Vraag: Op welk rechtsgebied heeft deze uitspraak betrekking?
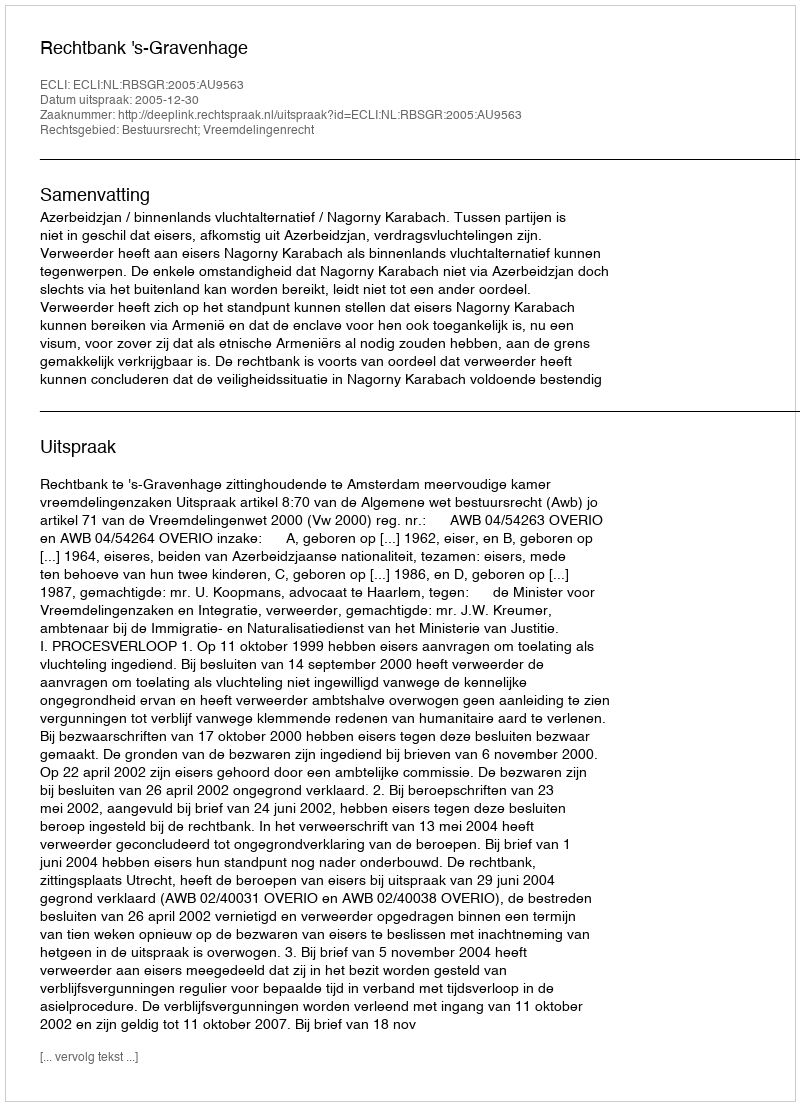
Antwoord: Bestuursrecht; Vreemdelingenrecht